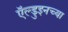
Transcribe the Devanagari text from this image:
ऍल्डुइनच्या